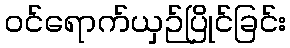
ဝင်ရောက်ယှဉ်ပြိုင်ခြင်း